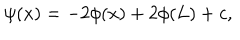
\psi ( x ) = - 2 \phi ( x ) + 2 \phi ( L ) + c ,